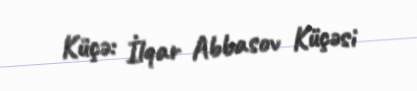
Küçə: İlqar Abbasov Küçəsi